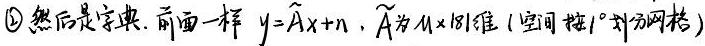
\textcircled{2}然后是字典. 前面一样 $y = \widetilde{A}x + n$, $\widetilde{A}$为$M\times181$维 (空间按$1^{\circ}$划分网格)